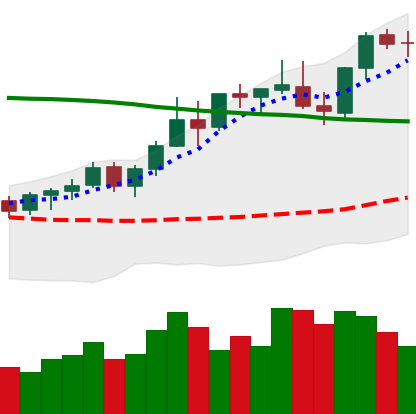
Ticker: BNB-USD
Chart end date: 2021-08-22
Forward return: 10.12%
Label: up_7plus